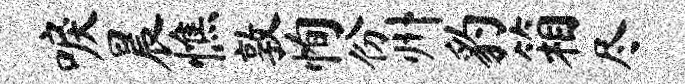
唳晨憔敦恂份州豹箱尽